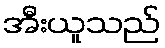
အီးယူသည်